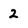
Character: 2